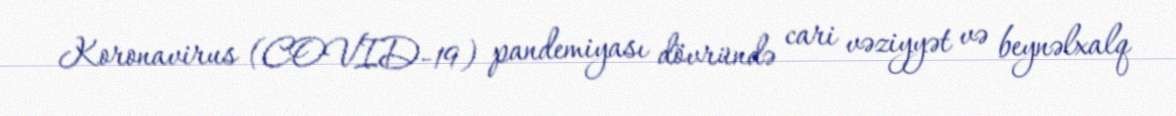
Koronavirus (COVID-19) pandemiyası dövründə cari vəziyyət və beynəlxalq